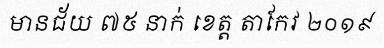
មានជ័យ ៧៥ នាក់ ខេត្ត តាកែវ ២០១៩